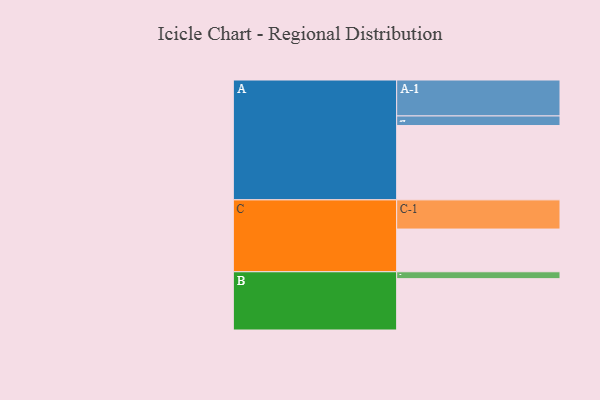
{"axis": {"x": "Segment", "y": "Value"}, "legend": ["", "A", "B", "C"], "data": [{"x": "A", "y": 550, "type": ""}, {"x": "B", "y": 380, "type": ""}, {"x": "C", "y": 316, "type": ""}, {"x": "A-1", "y": 266, "type": "A"}, {"x": "A-2", "y": 71, "type": "A"}, {"x": "B-1", "y": 51, "type": "B"}, {"x": "C-1", "y": 216, "type": "C"}]}